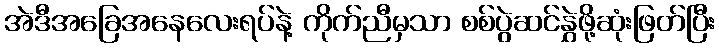
အဲဒီအခြေအနေလေးရပ်နဲ့ ကိုက်ညီမှသာ စစ်ပွဲဆင်နွှဲဖို့ဆုံးဖြတ်ပြီး